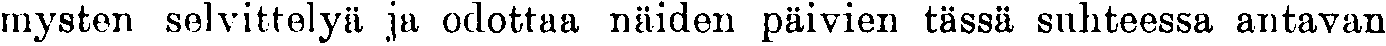
mysten selvittelyä ja odottaa näiden päivien tässä suhteessa antavan